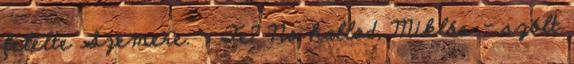
felelte Szemere. - Te? No hallod, Miklós - szólt